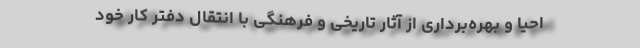
احیا و بهره‌برداری از آثار تاریخی و فرهنگی با انتقال دفتر کار خود